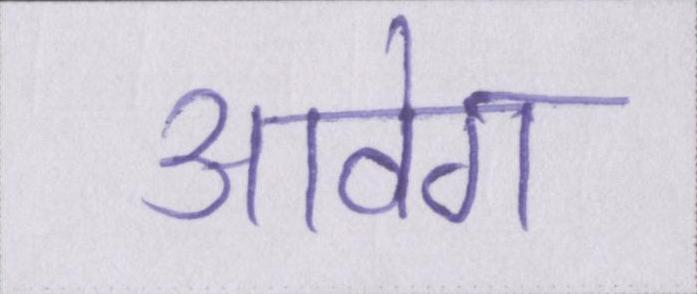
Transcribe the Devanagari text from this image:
आवेग